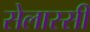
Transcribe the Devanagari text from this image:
सेलास्सी